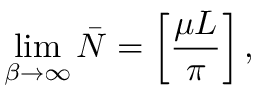
\operatorname * { l i m } _ { \beta \rightarrow \infty } \bar { N } = \left[ { \frac { \mu L } { \pi } } \right] ,